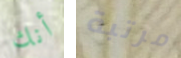
أنك مرتبة